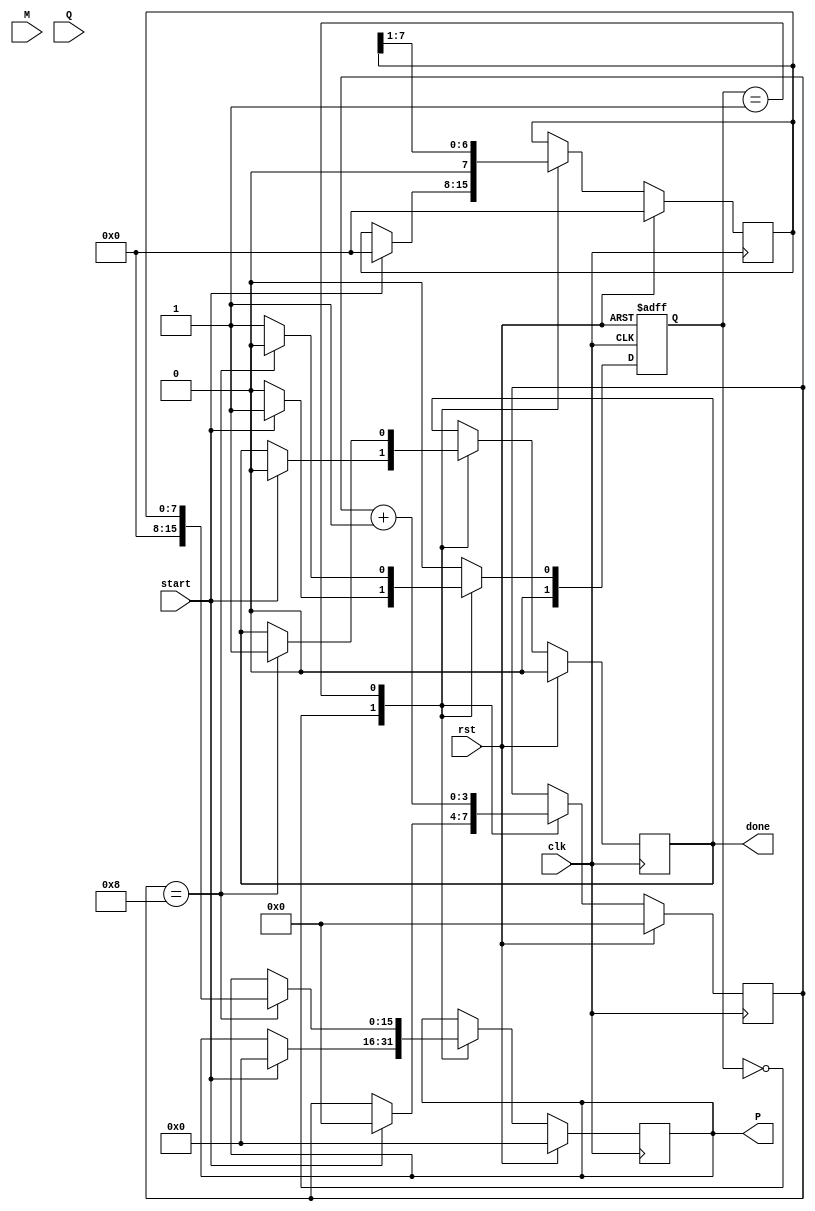
module modified_booth_multiplier #(
    parameter WIDTH = 8 // Parameter for bit-width of inputs
)(
    input wire clk,               // Clock signal
    input wire rst,               // Reset signal
    input wire [WIDTH-1:0] M,     // Multiplicand
    input wire [WIDTH-1:0] Q,     // Multiplier
    input wire start,             // Start signal for multiplication
    output reg [2*WIDTH-1:0] P,   // Product output
    output reg done               // Done signal
);

    // Internal registers
    reg [WIDTH-1:0] A;            // Accumulator
    reg [WIDTH-1:0] Q_reg;        // Multiplier (Shifted)
    reg Q_minus_1;                // Previous bit of Q
    reg [3:0] count;              // Counter for iterations
    reg busy;                     // Busy flag

    // State encoding
    localparam IDLE = 2'b00,
               RUN  = 2'b01;

    reg [1:0] state, next_state;

    // Sequential logic for state transitions
    always @(posedge clk or posedge rst) begin
        if (rst) begin
            state <= IDLE;
        end else begin
            state <= next_state;
        end
    end

    // Main operation logic
    always @(posedge clk) begin
        if (rst) begin
            A <= 0;
            Q_reg <= 0;
            Q_minus_1 <= 0;
            P <= 0;
            count <= 0;
            done <= 0;
            busy <= 0;
        end else begin
            case (state)
                IDLE: begin
                    if (start) begin
                        A <= 0;
                        Q_reg <= Q;
                        Q_minus_1 <= 0;
                        count <= 0;
                        done <= 0;
                        busy <= 1;
                        // Initialize the product
                        P <= {WIDTH{1'b0}};
                    end
                end

                RUN: begin
                    // Booth encoding operations
                    case ({Q_reg[0], Q_minus_1})
                        2'b00: begin
                            // Do nothing
                        end
                        2'b01: begin
                            A <= A + M; // Add multiplicand
                        end
                        2'b10: begin
                            A <= A - M; // Subtract multiplicand
                        end
                        2'b11: begin
                            // Do nothing
                        end
                    endcase

                    // Shift A and Q
                    {A, Q_reg} <= {A, Q_reg} >> 1;
                    Q_minus_1 <= Q_reg[0];

                    // Manage count for iterations
                    count <= count + 1;

                    // Check if done
                    if (count == WIDTH) begin
                        P <= A; // Assign the product
                        done <= 1;
                        busy <= 0;
                    end
                end
            endcase
        end
    end

    // Next state logic
    always @(*) begin
        case (state)
            IDLE: begin
                if (start) next_state = RUN;
                else next_state = IDLE;
            end
            RUN: begin
                if (count == WIDTH) next_state = IDLE; // Go back to IDLE when done
                else next_state = RUN;
            end
            default: next_state = IDLE;
        endcase
    end

endmodule